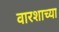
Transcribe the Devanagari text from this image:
वारशाच्‍या